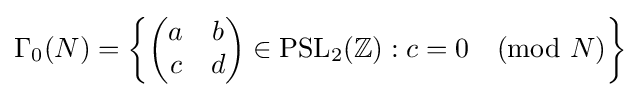
\Gamma _{0}(N)=\left\{{\begin{pmatrix}a&b\\c&d\end{pmatrix}}\in \mathrm {PSL} _{2}(\mathbb {Z} ):c=0{\pmod {N}}\right\}